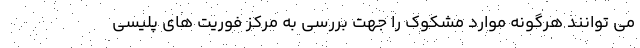
می توانند هرگونه موارد مشکوک را جهت بررسی به مرکز فوریت های پلیسی